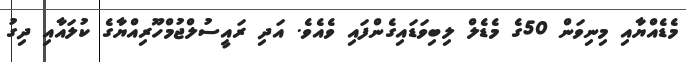
މެޑެއްޔާއި މިނިވަން 50ގެ މެޑެލް ލިބިވަޑައިގެންފައި ވެއެވެ. އަދި ރައީސުލްޖުމްހޫރިއްޔާގެ ކުލައާއި ދިގު